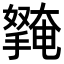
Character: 𭢱